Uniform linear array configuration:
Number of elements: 16
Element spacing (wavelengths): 1
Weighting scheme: kaiser
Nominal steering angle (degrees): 60
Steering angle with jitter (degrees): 59.63
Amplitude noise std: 0.05
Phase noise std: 0.05

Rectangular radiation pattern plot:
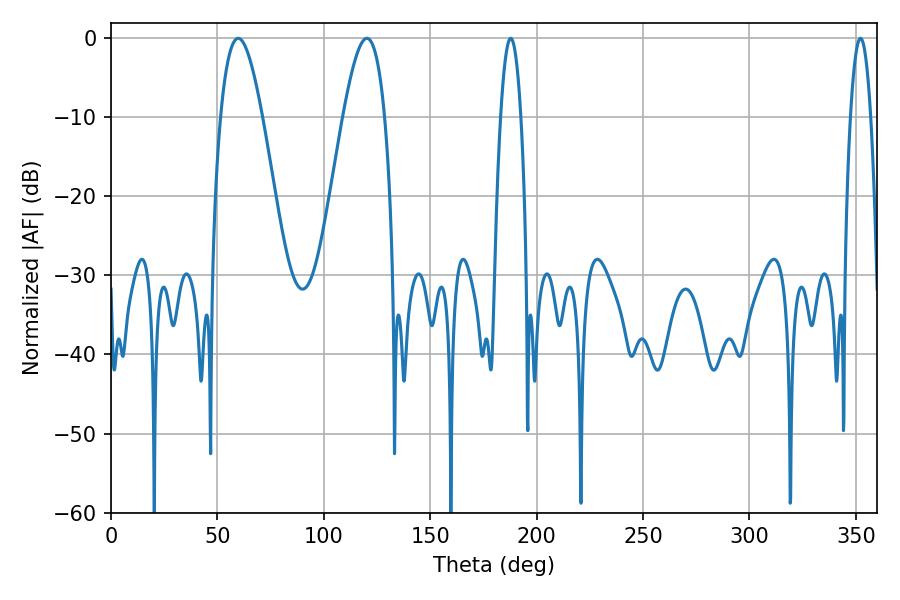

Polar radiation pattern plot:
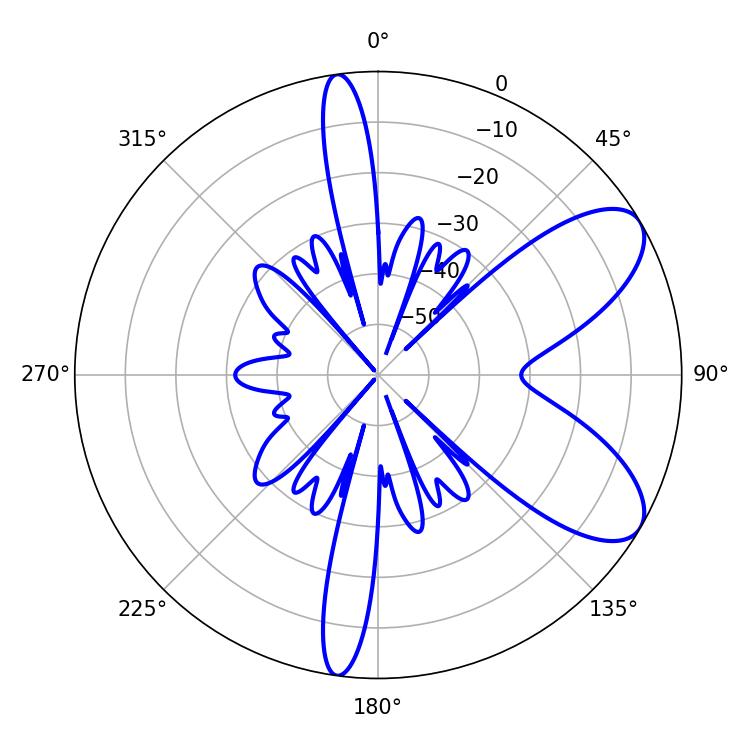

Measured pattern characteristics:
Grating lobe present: TRUE
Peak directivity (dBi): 7.915
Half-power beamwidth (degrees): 10.62
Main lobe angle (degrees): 59.76